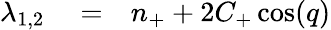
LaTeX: \begin{array}{rlr}{\lambda_{1,2}}&{{}=}&{n_{+}+2C_{+}\cos(q)}\end{array}